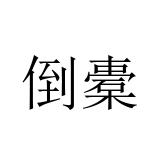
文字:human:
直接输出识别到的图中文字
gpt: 倒橐